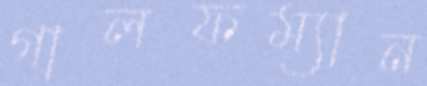
গালফম্যান